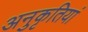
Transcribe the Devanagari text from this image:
अनुकृतियां